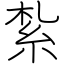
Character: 紮